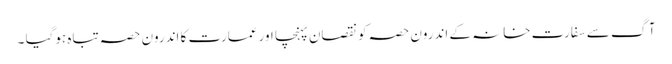
آگ سے سفارت خانہ کے اندرون حصہ کو نقصان پہنچا اور عمارت کا اندرون حصہ تباہ ہوگیا ۔